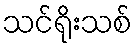
သင်ရိုးသစ်